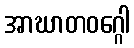
အာဃာတဝဂ္ဂေါ